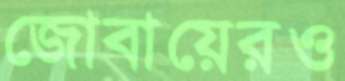
জোবায়েরও